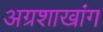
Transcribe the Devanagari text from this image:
अग्रशाखांग